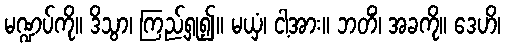
မဏ္ဍပ်ကို။ ဒိသွာ၊ ကြည့်ရှု၍။ မယှံ၊ ငါ့အား။ ဘတိံ၊ အခကို။ ဒေဟိ၊